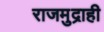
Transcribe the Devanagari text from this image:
राजमुद्राही